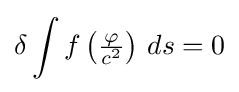
\delta \int f\left({\tfrac {\varphi }{c^{2}}}\right)\,ds=0